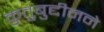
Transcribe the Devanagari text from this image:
कुतुबुद्दीनने